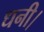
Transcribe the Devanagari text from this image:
धनी।